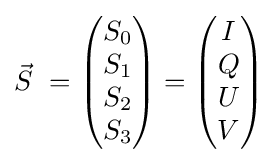
{\vec {S}}\ ={\begin{pmatrix}S_{0}\\S_{1}\\S_{2}\\S_{3}\end{pmatrix}}={\begin{pmatrix}I\\Q\\U\\V\end{pmatrix}}